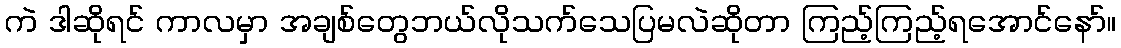
ကဲ ဒါဆိုရင် ကာလမှာ အချစ်တွေဘယ်လိုသက်သေပြမလဲဆိုတာ ကြည့်ကြည့်ရအောင်နော်။